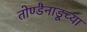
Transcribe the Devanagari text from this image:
तोण्डैनाडूच्या